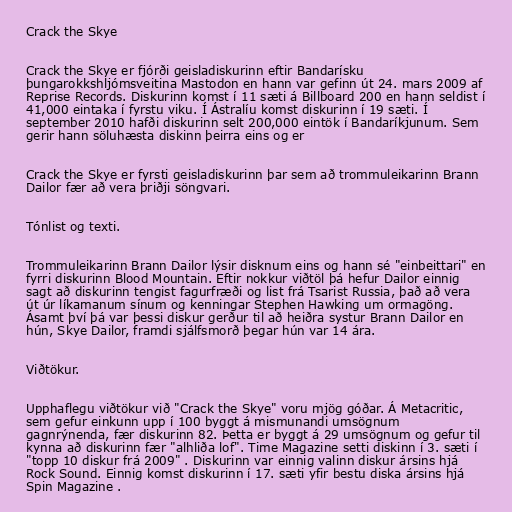
Crack the Skye

Crack the Skye er fjórði geisladiskurinn eftir Bandarísku
þungarokkshljómsveitina Mastodon en hann var gefinn út 24. mars 2009 af
Reprise Records. Diskurinn komst í 11 sæti á Billboard 200 en hann seldist í
41,000 eintaka í fyrstu viku. Í Ástralíu komst diskurinn í 19 sæti. Í
september 2010 hafði diskurinn selt 200,000 eintök í Bandaríkjunum. Sem
gerir hann söluhæsta diskinn þeirra eins og er

Crack the Skye er fyrsti geisladiskurinn þar sem að trommuleikarinn Brann
Dailor fær að vera þriðji söngvari.

Tónlist og texti.

Trommuleikarinn Brann Dailor lýsir disknum eins og hann sé "einbeittari" en
fyrri diskurinn Blood Mountain. Eftir nokkur viðtöl þá hefur Dailor einnig
sagt að diskurinn tengist fagurfræði og list frá Tsarist Russia, það að vera
út úr líkamanum sínum og kenningar Stephen Hawking um ormagöng.
Ásamt því þá var þessi diskur gerður til að heiðra systur Brann Dailor en
hún, Skye Dailor, framdi sjálfsmorð þegar hún var 14 ára.

Viðtökur.

Upphaflegu viðtökur við "Crack the Skye" voru mjög góðar. Á Metacritic,
sem gefur einkunn upp í 100 byggt á mismunandi umsögnum
gagnrýnenda, fær diskurinn 82. Þetta er byggt á 29 umsögnum og gefur til
kynna að diskurinn fær "alhliða lof". Time Magazine setti diskinn í 3. sæti í
"topp 10 diskur frá 2009" . Diskurinn var einnig valinn diskur ársins hjá
Rock Sound. Einnig komst diskurinn í 17. sæti yfir bestu diska ársins hjá
Spin Magazine .